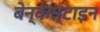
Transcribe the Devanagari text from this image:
बेन्केस्टाइन